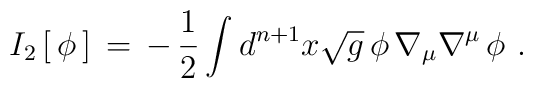
I_2\, [\,\phi\, ]\,=\, -\, {1\over 2} \int d^{n+1}x \sqrt{g}\, \phi \,\nabla_\mu \nabla^\mu\, \phi\,\,.